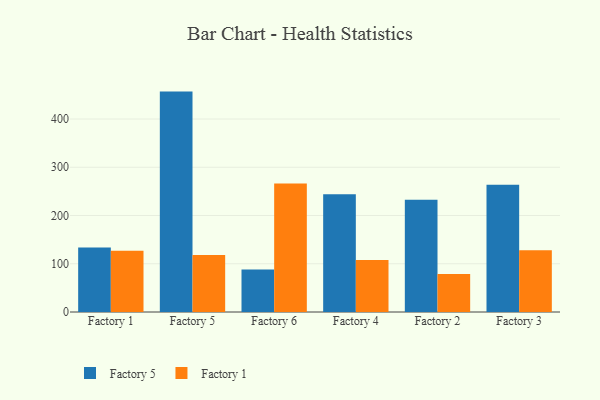
{"axis": {"x": "Factory", "y": "Backlog"}, "legend": ["Factory 1", "Factory 5"], "data": [{"x": "Factory 1", "y": 133.9, "type": "Factory 5"}, {"x": "Factory 1", "y": 127.0, "type": "Factory 1"}, {"x": "Factory 5", "y": 456.8, "type": "Factory 5"}, {"x": "Factory 5", "y": 118.0, "type": "Factory 1"}, {"x": "Factory 6", "y": 88.3, "type": "Factory 5"}, {"x": "Factory 6", "y": 266.5, "type": "Factory 1"}, {"x": "Factory 4", "y": 244.0, "type": "Factory 5"}, {"x": "Factory 4", "y": 107.8, "type": "Factory 1"}, {"x": "Factory 2", "y": 232.4, "type": "Factory 5"}, {"x": "Factory 2", "y": 78.5, "type": "Factory 1"}, {"x": "Factory 3", "y": 263.6, "type": "Factory 5"}, {"x": "Factory 3", "y": 128.1, "type": "Factory 1"}]}